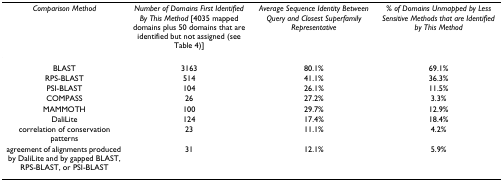
<table><thead><tr><td><b><i>Comparison Method</i></b></td><td><b><i>Number of Domains First Identified By This Method </i>[4035 mapped domains plus 50 domains that are identified but not assigned (see Table 4)]</b></td><td><b><i>Average Sequence Identity Between Query and Closest Superfamily Representative</i></b></td><td><b><i>% of Domains Unmapped by Less Sensitive Methods that are Identified by This Method</i></b></td></tr></thead><tbody><tr><td>BLAST</td><td>3163</td><td>80.1%</td><td>69.1%</td></tr><tr><td>RPS-BLAST</td><td>514</td><td>41.1%</td><td>36.3%</td></tr><tr><td>PSI-BLAST</td><td>104</td><td>26.1%</td><td>11.5%</td></tr><tr><td>COMPASS</td><td>26</td><td>27.2%</td><td>3.3%</td></tr><tr><td>MAMMOTH</td><td>100</td><td>29.7%</td><td>12.9%</td></tr><tr><td>DaliLite</td><td>124</td><td>17.4%</td><td>18.4%</td></tr><tr><td>correlation of conservation patterns</td><td>23</td><td>11.1%</td><td>4.2%</td></tr><tr><td>agreement of alignments produced by DaliLite and by gapped BLAST, RPS-BLAST, or PSI-BLAST</td><td>31</td><td>12.1%</td><td>5.9%</td></tr></tbody></table>